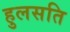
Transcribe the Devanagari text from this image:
हुलसति